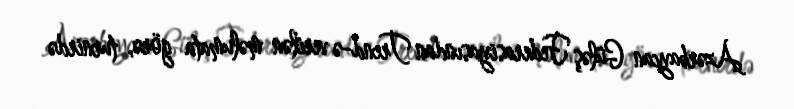
Azərbaycan Güləş Federasiyasından Trend-ə verilən məlumata görə, turnirdə